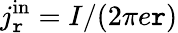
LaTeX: {j_{\mathtt{r}}^{\mathrm{{{in}}}}=I/(2\pi{e}\mathtt{r})}